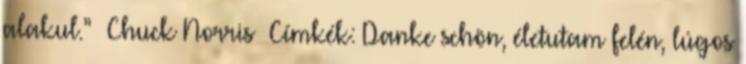
alakul.” Chuck Norris Címkék: Danke schön, életutam felén, lúgos